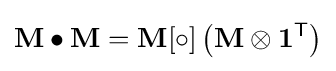
\mathbf {M} \bullet \mathbf {M} =\mathbf {M} [\circ ]\left(\mathbf {M} \otimes \mathbf {1} ^{\textsf {T}}\right)